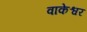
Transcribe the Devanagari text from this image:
वाकेश्वर